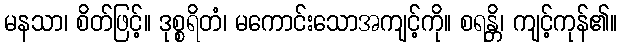
မနသာ၊ စိတ်ဖြင့်။ ဒုစ္စရိတံ၊ မကောင်းသောအကျင့်ကို။ စရန္တိ၊ ကျင့်ကုန်၏။